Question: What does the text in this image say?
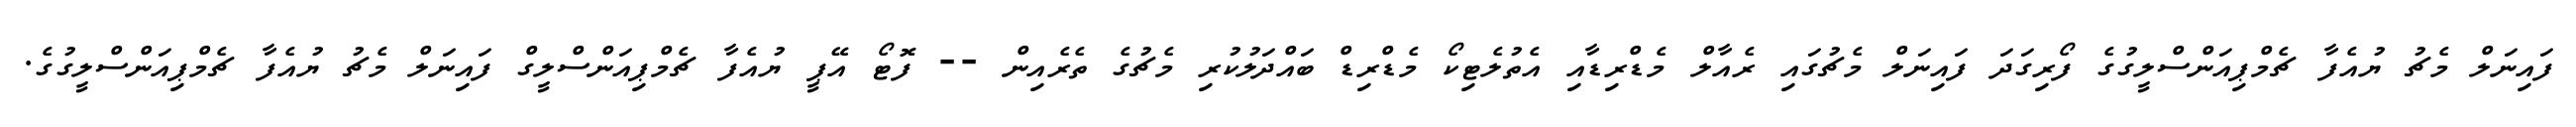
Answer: ފައިނަލް މެޗު ޔުއެފާ ޗެމްޕިއަންސްލީގުގެ ފޯރިގަދަ ފައިނަލް މެޗުގައި ރެއާލް މެޑްރިޑާއި އެތުލެޓިކޯ މެޑްރިޑް ބައްދަލުކުރި މެޗުގެ ތެރެއިން -- ފޮޓޯ އޭޕީ ޔުއެފާ ޗެމްޕިއަންސްލީގް ފައިނަލް މެޗު ޔުއެފާ ޗެމްޕިއަންސްލީގުގެ.